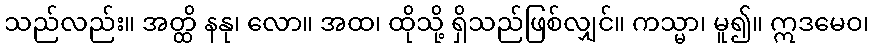
သည်လည်း။ အတ္ထိ နနု၊ လော။ အထ၊ ထိုသို့ ရှိသည်ဖြစ်လျှင်။ ကသ္မာ၊ မူ၍။ ဣဒမေဝ၊